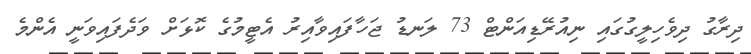
ދިރާގު ދިވެހިލީގުގައި ނިއުރޭޑިއަންޓް 73 ލަނޑު ޖަހާފައިވާއިރު އެޓީމުގެ ކޮޅަށް ވަދެފައިވަނީ އެންމެ